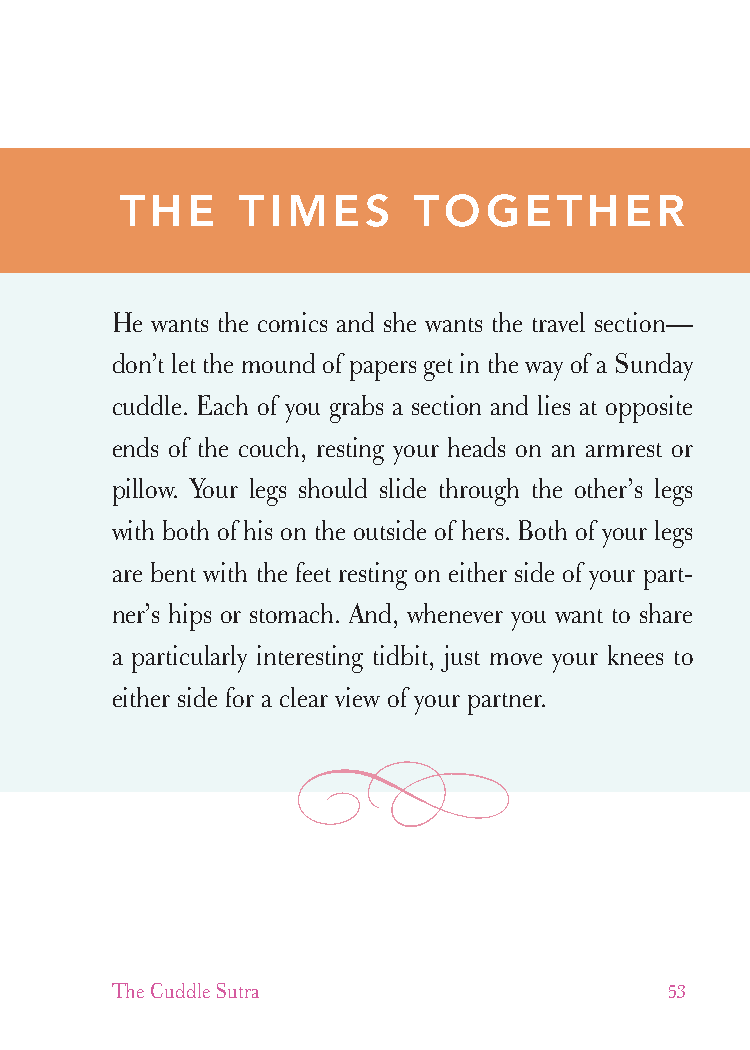
cudllesutra_internals1 7/16/07 2:50 PM Page 53
 THE     TIMES       TOGETHER
 He wants the comics and she wants the travel section—
 don’t let the mound of papers get in the way of a Sunday
 cuddle. Each of you grabs a section and lies at opposite
 ends of the couch, resting your heads on an armrest or
 pillow. Your legs should slide through the other’s legs
 with both of his on the outside of hers. Both of your legs
 are bent with the feet resting on either side of your part-
 ner’s hips or stomach. And, whenever you want to share
 a particularly interesting tidbit, just move your knees to
 either side for a clear view of your partner.
 The Cuddle Sutra                     53